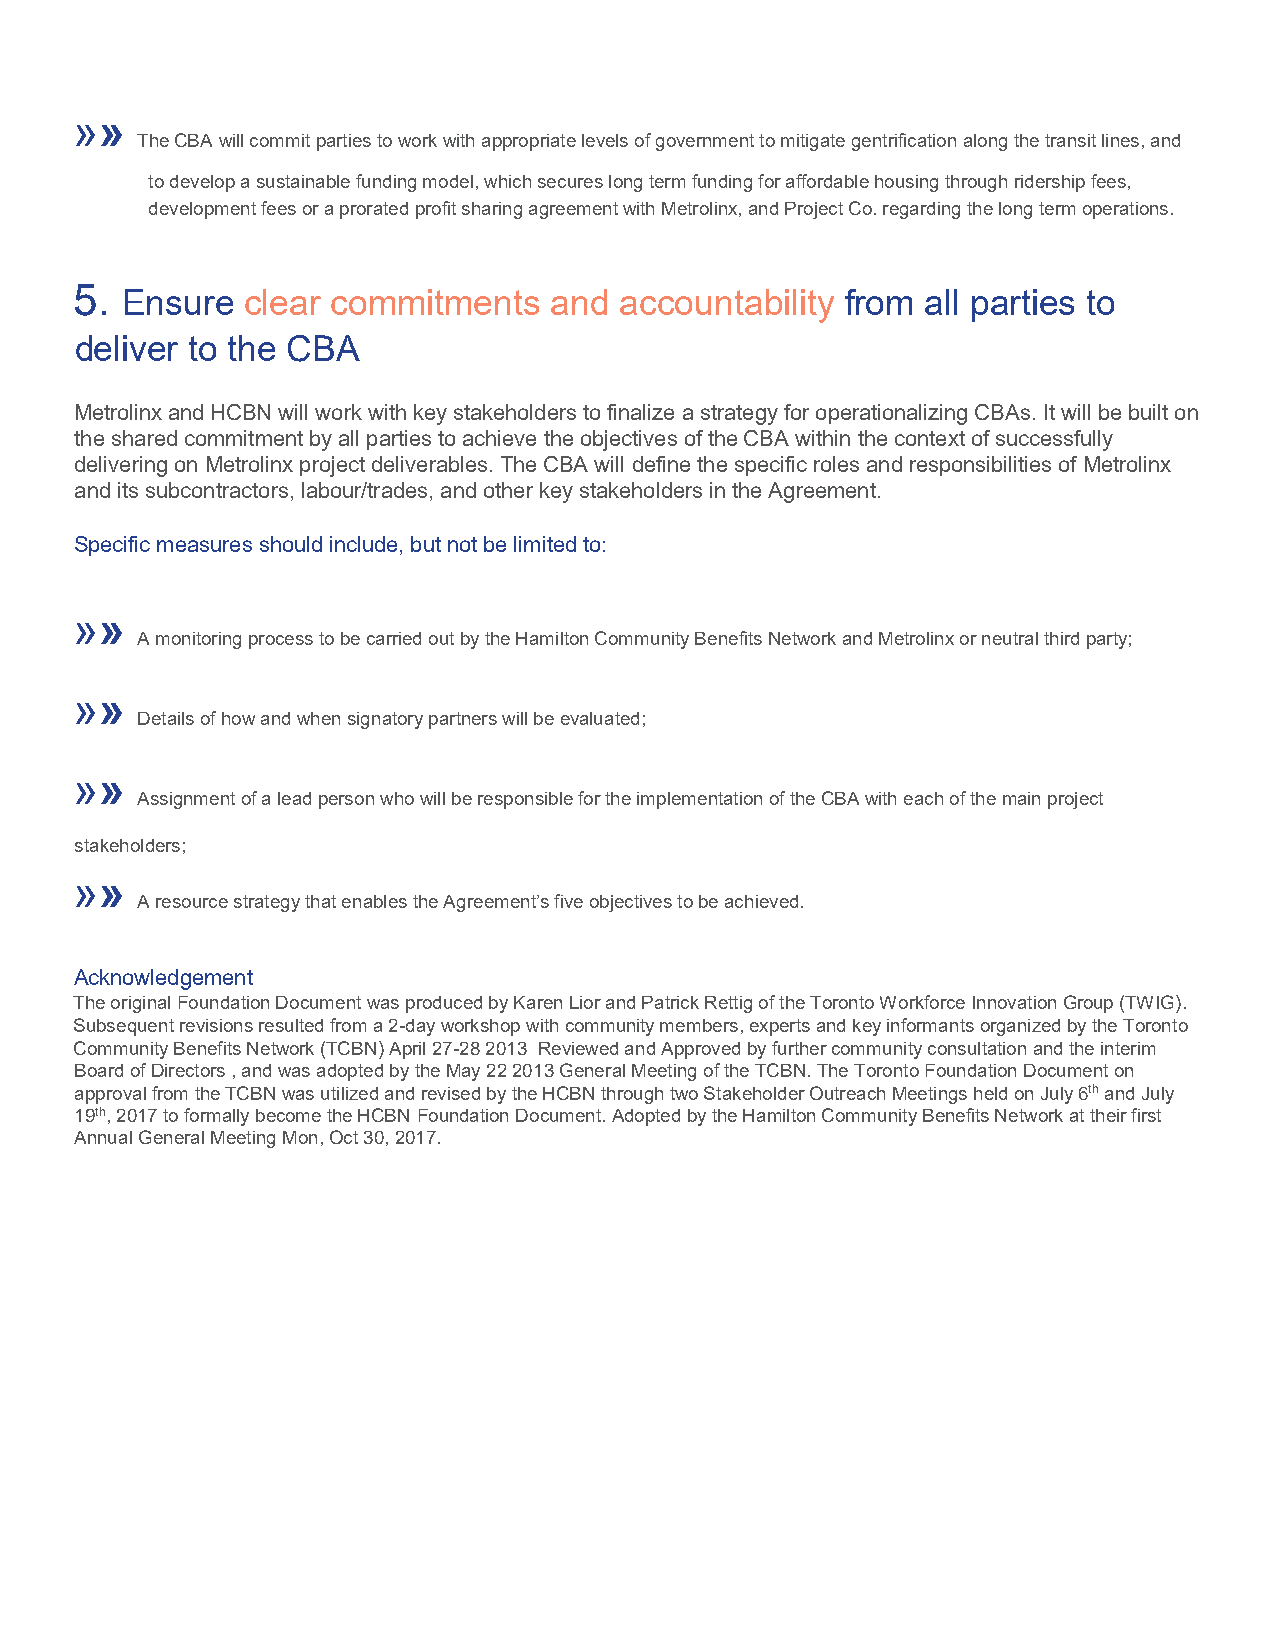
»»
 The CBA will commit parties to work with appropriate levels of government to mitigate gentrification along the transit lines, and
 to develop a sustainable funding model, which secures long term funding for affordable housing through ridership fees,
 development fees or a prorated profit sharing agreement with Metrolinx, and Project Co. regarding the long term operations.
 5.
 Ensure  clear commitments   and  accountability from all parties to
 deliver to the CBA
 Metrolinx and HCBN will work with key stakeholders to finalize a strategy for operationalizing CBAs. It will be built on
 the shared commitment by all parties to achieve the objectives of the CBA within the context of successfully
 delivering on Metrolinx project deliverables. The CBA will define the specific roles and responsibilities of Metrolinx
 and its subcontractors, labour/trades, and other key stakeholders in the Agreement.
 Specific measures should include, but not be limited to:
 »»
 A monitoring process to be carried out by the Hamilton Community Benefits Network and Metrolinx or neutral third party;
 »»
 Details of how and when signatory partners will be evaluated;
 »»
 Assignment of a lead person who will be responsible for the implementation of the CBA with each of the main project
 stakeholders;
 »»
 A resource strategy that enables the Agreement’s five objectives to be achieved.
 Acknowledgement
 The original Foundation Document was produced by Karen Lior and Patrick Rettig of the Toronto Workforce Innovation Group (TWIG).
 Subsequent revisions resulted from a 2-day workshop with community members, experts and key informants organized by the Toronto
 Community Benefits Network (TCBN) April 27-28 2013 Reviewed and Approved by further community consultation and the interim
 Board of Directors , and was adopted by the May 22 2013 General Meeting of the TCBN. The Toronto Foundation Document on
 approval from the TCBN was utilized and revised by the HCBN through two Stakeholder Outreach Meetings held on July 6th and July
 19th, 2017 to formally become the HCBN Foundation Document. Adopted by the Hamilton Community Benefits Network at their first
 Annual General Meeting Mon, Oct 30, 2017.